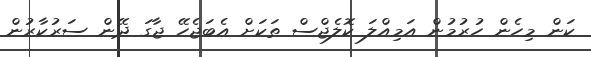
ކަން މިހެން ހުރުމުން އަމިއްލަ ކޮލެޖްސް ތަކަށް އެބަޖެހޭ ޖާގަ ދޭން ސަރުކާރުން